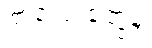
ကလေးတွေနဲ့